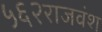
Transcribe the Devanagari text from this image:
५६२राजवंश